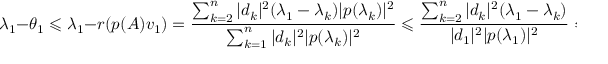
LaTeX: \lambda _ { 1 } - \theta _ { 1 } \leqslant \lambda _ { 1 } - r ( p ( A ) v _ { 1 } ) = { \frac { \sum _ { k = 2 } ^ { n } | d _ { k } | ^ { 2 } ( \lambda _ { 1 } - \lambda _ { k } ) | p ( \lambda _ { k } ) | ^ { 2 } } { \sum _ { k = 1 } ^ { n } | d _ { k } | ^ { 2 } | p ( \lambda _ { k } ) | ^ { 2 } } } \leqslant { \frac { \sum _ { k = 2 } ^ { n } | d _ { k } | ^ { 2 } ( \lambda _ { 1 } - \lambda _ { k } ) } { | d _ { 1 } | ^ { 2 } | p ( \lambda _ { 1 } ) | ^ { 2 } } } \leqslant { \frac { ( \lambda _ { 1 } - \lambda _ { n } ) \sum _ { k = 2 } ^ { n } | d _ { k } | ^ { 2 } } { | p ( \lambda _ { 1 } ) | ^ { 2 } | d _ { 1 } | ^ { 2 } } } .